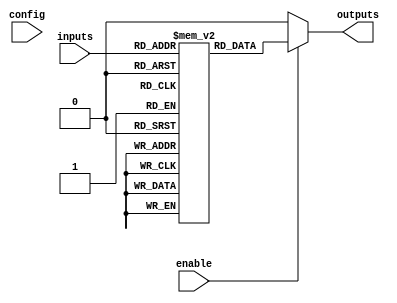
module CLB (
    input  wire [N-1:0]  inputs,           // N input signals
    input  wire [M-1:0]  config,           // M configuration bits for LUT
    input  wire          enable,            // Enable signal
    output wire [O-1:0]  outputs           // O output signals
);

// Parameters
parameter N = 8; // Number of inputs
parameter M = 256; // Number of configuration bits (for 2^N combinations in LUT)
parameter O = 1; // Number of outputs

// LUT implementation (this is a simple example)
reg [O-1:0] lut [0:M-1]; // LUT memory array
reg [O-1:0] lut_output;   // Output from LUT

// Initialize LUT with some example values (this is typically done during programming)
initial begin
    // Example: Initialize LUT with a simple AND function
    lut[0]  = 1'b0; // 0000...0
    lut[1]  = 1'b0; // 0000...1
    lut[2]  = 1'b0; // 0000...2
    lut[3]  = 1'b0; // 0000...3
    lut[4]  = 1'b0; // 0000...4
    // ... More initialization as required
    lut[255] = 1'b1; // 1111...1
end

// Select the LUT output based on the input configuration
always @(*) begin
    if (enable) begin
        lut_output = lut[inputs]; // Use inputs as index to LUT
    end else begin
        lut_output = {O{1'b0}}; // Output zero if not enabled
    end
end

// Assign the LUT output to the outputs
assign outputs = lut_output;

endmodule